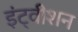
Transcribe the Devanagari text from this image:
इंट्वीशन